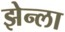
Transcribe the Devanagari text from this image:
झेन्ला